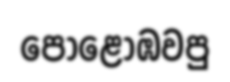
පොළොඹවපු